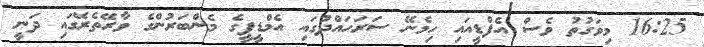
16:25 މިވަގުތު ވެސް އެފްޑީއައި ހިމެނޭ ސަރަހައްދުގައި އެމްޑީޕީގެ މެންބަރުންގެ ވާރޭތެރޭގައި ދަނީ